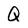
Character: Q